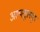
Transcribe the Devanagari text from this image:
अल्पनूतनयुग